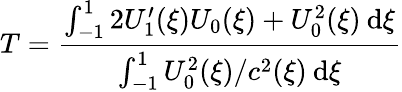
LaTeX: T=\frac{\int_{-1}^{1}2U_{1}^{\prime}(\xi)U_{0}(\xi)+U_{0}^{2}(\xi)\: \mathrm{d}\xi}{\int_{-1}^{1}U_{0}^{2}(\xi)/c^{2}(\xi)\: \mathrm{d}\xi}